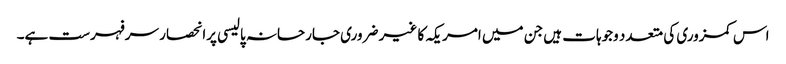
اس کمزوری کی متعدد وجوہات ہیں جن میں امریکہ کا غیر ضروری جارحانہ پالیسی پرانحصار سرفہرست ہے۔